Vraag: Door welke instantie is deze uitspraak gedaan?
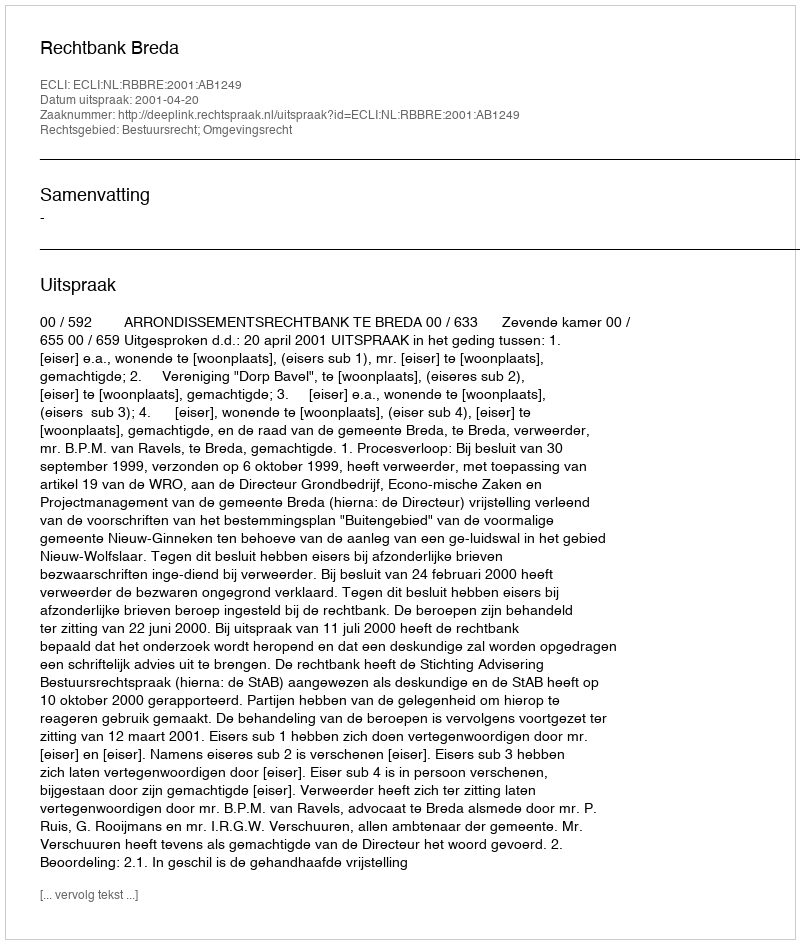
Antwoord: Rechtbank Breda